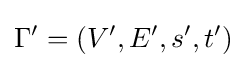
\Gamma '=(V',E',s',t')